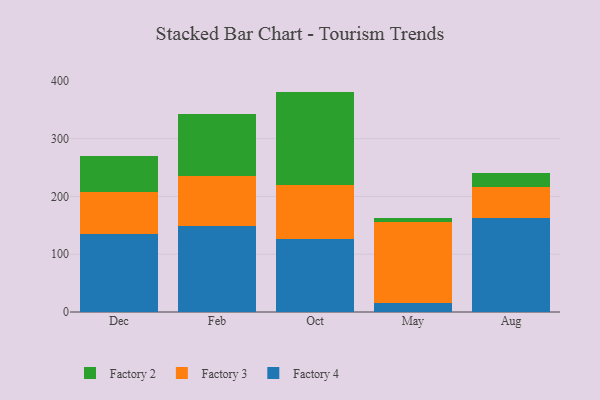
{"axis": {"x": "Month", "y": "Latency (ms)"}, "legend": ["Factory 2", "Factory 3", "Factory 4"], "data": [{"x": "Dec", "y": 135.4, "type": "Factory 4"}, {"x": "Dec", "y": 72.0, "type": "Factory 3"}, {"x": "Dec", "y": 62.2, "type": "Factory 2"}, {"x": "Feb", "y": 148.2, "type": "Factory 4"}, {"x": "Feb", "y": 87.4, "type": "Factory 3"}, {"x": "Feb", "y": 107.6, "type": "Factory 2"}, {"x": "Oct", "y": 125.7, "type": "Factory 4"}, {"x": "Oct", "y": 94.6, "type": "Factory 3"}, {"x": "Oct", "y": 161.1, "type": "Factory 2"}, {"x": "May", "y": 16.1, "type": "Factory 4"}, {"x": "May", "y": 139.4, "type": "Factory 3"}, {"x": "May", "y": 7.2, "type": "Factory 2"}, {"x": "Aug", "y": 163.2, "type": "Factory 4"}, {"x": "Aug", "y": 53.6, "type": "Factory 3"}, {"x": "Aug", "y": 23.7, "type": "Factory 2"}]}